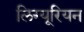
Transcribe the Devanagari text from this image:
लिग्यूरियन